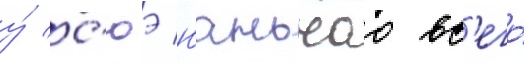
у́ с'юэ юаньчао вс'его́